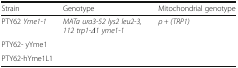
| Strain | Genotype | Mitochondrial genotype |
 | --- | --- | --- |
 | PTY62 Yme1-1 | MATa ura3-52 lys2 leu2-3, 112 trp1-Δ1 yme1-1 | ρ + (TRP1) |
 | <COLSPAN=3> PTY62- yYme1 |
 | <COLSPAN=3> PTY62-hYme1L1 |